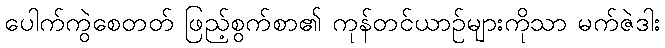
ပေါက်ကွဲစေတတ် ဖြည့်စွက်စာ၏ ကုန်တင်ယာဉ်များကိုသာ မက်ဇဲဒါး